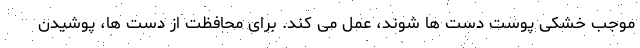
موجب خشکی پوست دست ها شوند، عمل می کند. برای محافظت از دست ها، پوشیدن